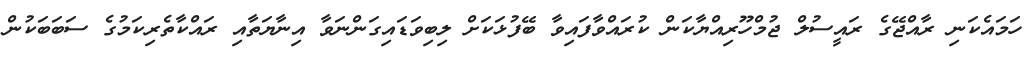
ހަމައެކަނި ރާއްޖޭގެ ރައީސުލް ޖުމްހޫރިއްޔާކަން ކުރައްވާފައިވާ ބޭފުޅަކަށް ލިބިވަޑައިގަންނަވާ އިނާޔަތާއި ރައްކާތެރިކަމުގެ ސަބަބަކުން